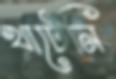
খাটেনি